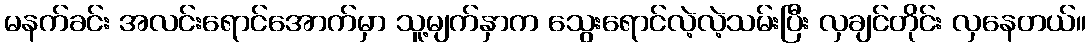
မနက်ခင်း အလင်းရောင်အောက်မှာ သူ့မျက်နှာက သွေးရောင်လဲ့လဲ့သမ်းပြီး လှချင်တိုင်း လှနေတယ်။